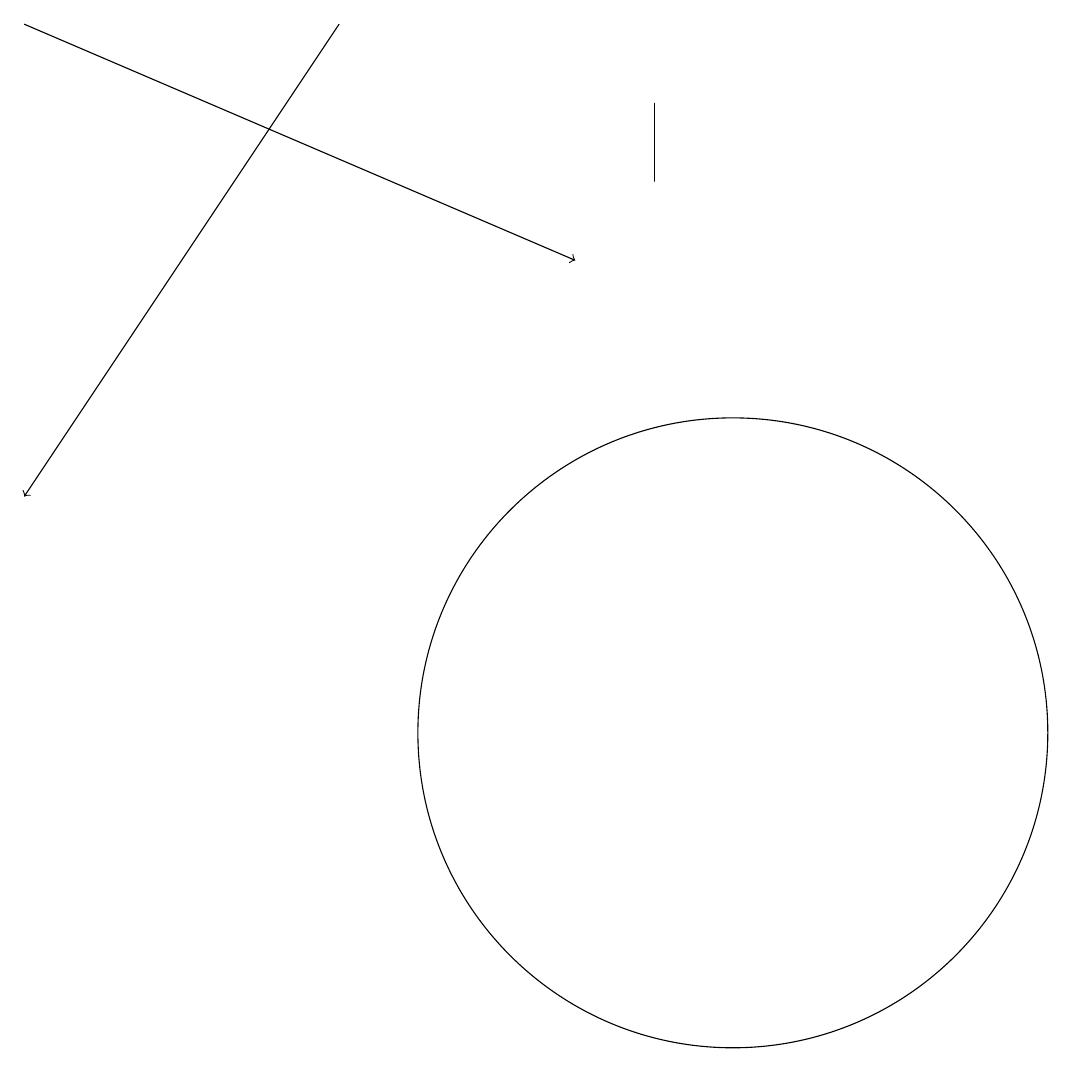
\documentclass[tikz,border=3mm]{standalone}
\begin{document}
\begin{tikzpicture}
\draw[->] (1,19) -- (8,16);
\draw (10,10) circle (4);
\draw (9,17) rectangle (9,18);
\draw (10,12) circle (0);
\draw[->] (5,19) -- (1,13);
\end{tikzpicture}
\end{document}